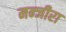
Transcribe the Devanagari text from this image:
मन्जीरा